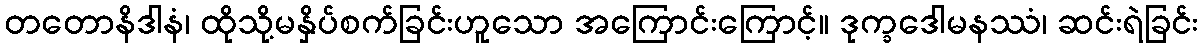
တတောနိဒါနံ၊ ထိုသို့မနှိပ်စက်ခြင်းဟူသော အကြောင်းကြောင့်။ ဒုက္ခဒေါမနဿံ၊ ဆင်းရဲခြင်း